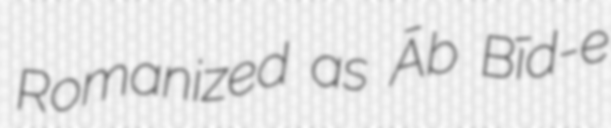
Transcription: Romanized as Āb Bīd-e